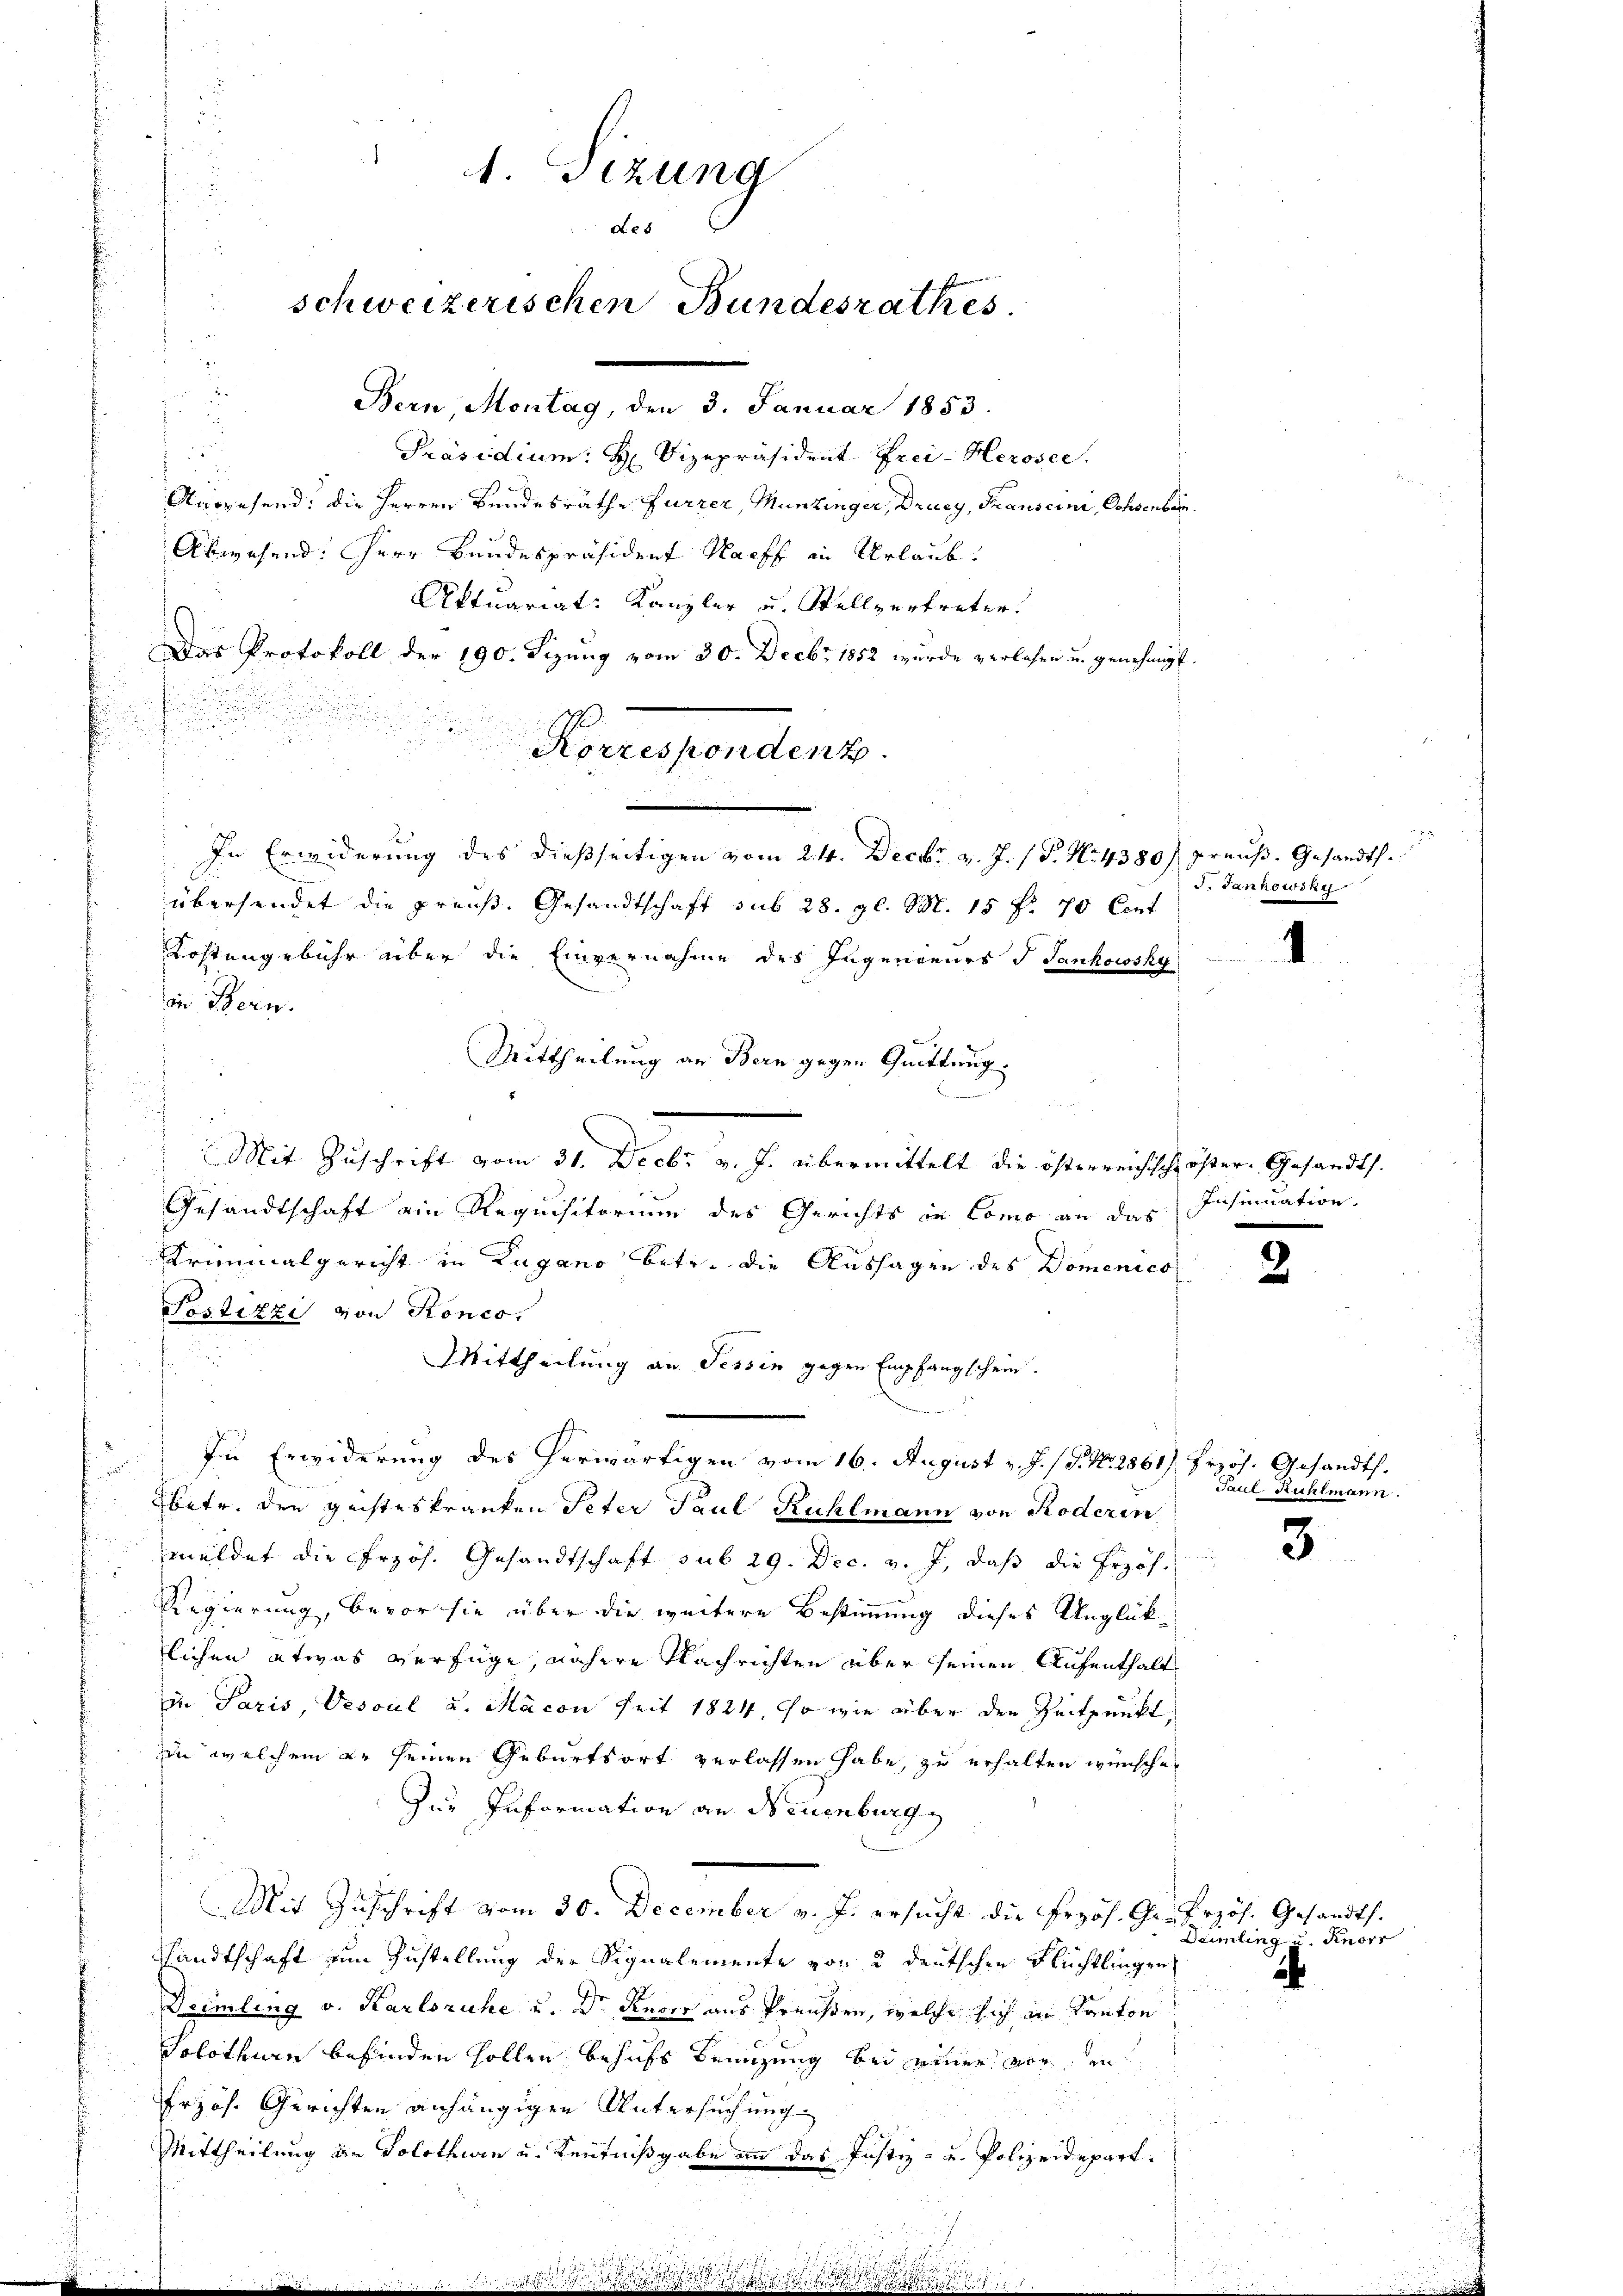
1. Sizung
de5
 5
schweizerischen Bundesrathes

Bern, Montag, den 3. Januar 1853.
Präsidium: H. Vizepräsident Frei- Herosee.
Ausgesend: die Herren Bundesräthe fürzer, Muntinger, Drucy, Franscini, Schochbarn
Abwesend: Herr Bundespräsident Nachs in Urlaub¬
Aktuariat: Kanzler u. Stellvertreter
Das Protokoll der 190. Sizung vom 30. Decbr 1852 wurde verlesen u. genehmigt.
.
Korrespondent.
In Erwiderung des dießseitigen vom 24. Decbr. v. J. (T. No. 4380) preuß. Gesandt.
übersendet die preuß. Gesandtschaft sub 28. gl. S. 15 f. 70 Eint
Kostengebühr aber die Einvernahme des Ingengenes J. Jankowsky
in Stern.
Mittheilung an Bern gegen Quittung.

Mit Zuschrift vom 31. Decbr v. J. übermittelt die österreichische öster- Gesandts.
Gesandtschaft ein Requisitorium des Gerichts in Como an das Insinuation.
Kriminalgericht in Lugano betr. die Aussagen des Domenico
Postizzi von Ronco
Mittheilung an Tessin gegen Empfangschein.
In Erwiderung des herwärtigen vom 16. August v. J. / P. Nr. 2861) frzös. Gesandts.
r
Ebetr. den geisteskranken Peter Paul Rühlmann von Roderin
meldet die Przös. Gesandtschaft sub 29. Dec. v. J., daß die Erzöh.
Regierung, bevor sie über die weitere Bestimmung dieses Unglüklichen etwas verfüge, nähere Nachrichten über seinen Aufenthalt
in Paris, Vesoul u. Macon seit 1824, so wie über den Zeitpunkt
in welchem er seinen Geburtsort verlassen habe, zu erhalten wünsche
Zur Information an Neuenburg
.
Mit Zuschrift vom 30. December v. J. ersucht die Erzös. Gr. Przös. Gesandts.
sandtschaft zum Zustellung der Signalemente von 2 deutschen Flüchtlingen
Deimling v. Karlsruhe u. Dr Keser aus Preußen, welche sich in Kanton
Solothurn befinden sollen, behufs Benuzung bei einer vor, in
frjös. Gerichten anhängigen Untersuchung
Mittheilung an Solothwen u. Kenntnißgabe an das Justiz- u. Polizeidepart.

¬

J. Jankowsky

2

4

Jaul-Kuhlmann.

3

Deimling Knorr

k